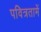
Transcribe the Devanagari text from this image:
पवित्रतामें